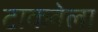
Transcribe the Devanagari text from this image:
टाकवेला